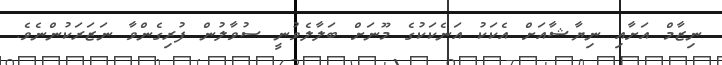
ނިޒާމް އަށާއި ނިޔާޝާއަށް އެކަކު އަނެކަކުގެ މޫނަށް ބަލާލެވުނީ ސުވާލުން ފުރިގެންވާ ނަޒަރަކުންނެވެ.